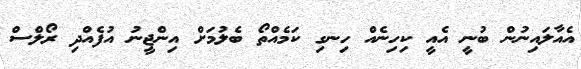
އެއާލައިނުން ބުނީ އެއީ ކިހިނެއް ހިނގި ކަމެއްތޯ ބެލުމަށް އިންޖީނު އުފެއްދި ރޯލްސް